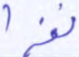
نفرا